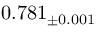
0 . 7 8 1 _ { \pm 0 . 0 0 1 }